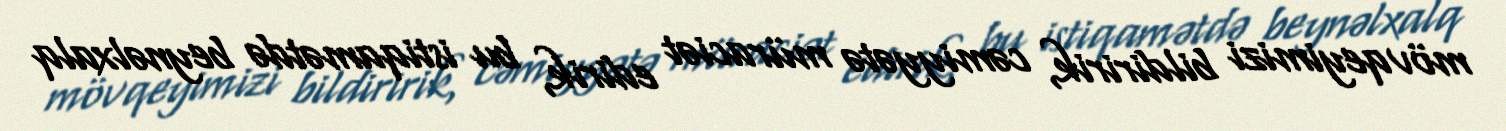
mövqeyimizi bildiririk, cəmiyyətə müraciət edirik, bu istiqamətdə beynəlxalq